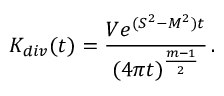
K _ { d i v } ( t ) = \frac { V e ^ { ( S ^ { 2 } - M ^ { 2 } ) t } } { ( 4 \pi t ) ^ { \frac { m - 1 } 2 } } \, .